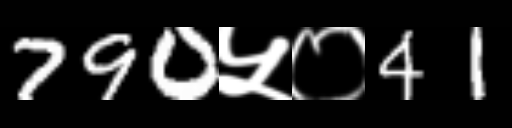
Text: 790५०41